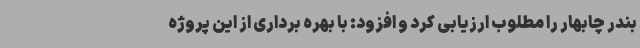
بندر چابهار را مطلوب ارزیابی کرد و افزود: با بهره برداری از این پروژه